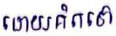
ដោយគិតទៅ